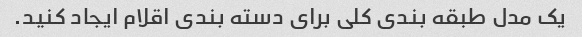
یک مدل طبقه بندی کلی برای دسته بندی اقلام ایجاد کنید.